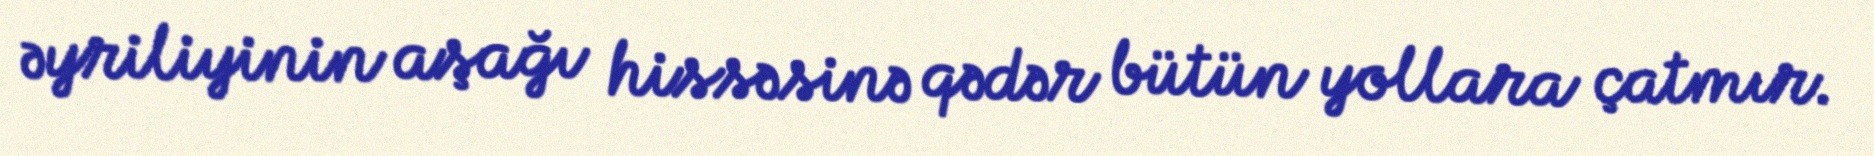
əyriliyinin aşağı hissəsinə qədər bütün yollara çatmır.